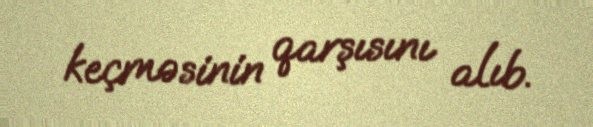
keçməsinin qarşısını alıb.